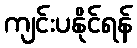
ကျင်းပနိုင်ရန်